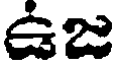
ఉజ